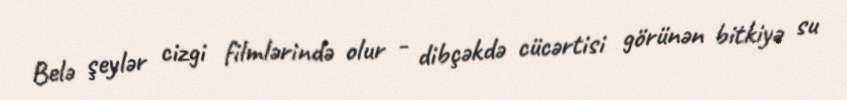
Belə şeylər cizgi filmlərində olur - dibçəkdə cücərtisi görünən bitkiyə su